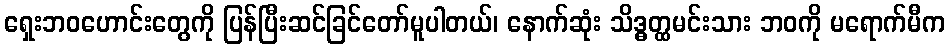
ရှေးဘဝဟောင်းတွေကို ပြန်ပြီးဆင်ခြင်တော်မူပါတယ်၊ နောက်ဆုံး သိဒ္ဓတ္ထမင်းသား ဘဝကို မရောက်မီက